Theory and practice of anti-rabic immunisation - Number 30
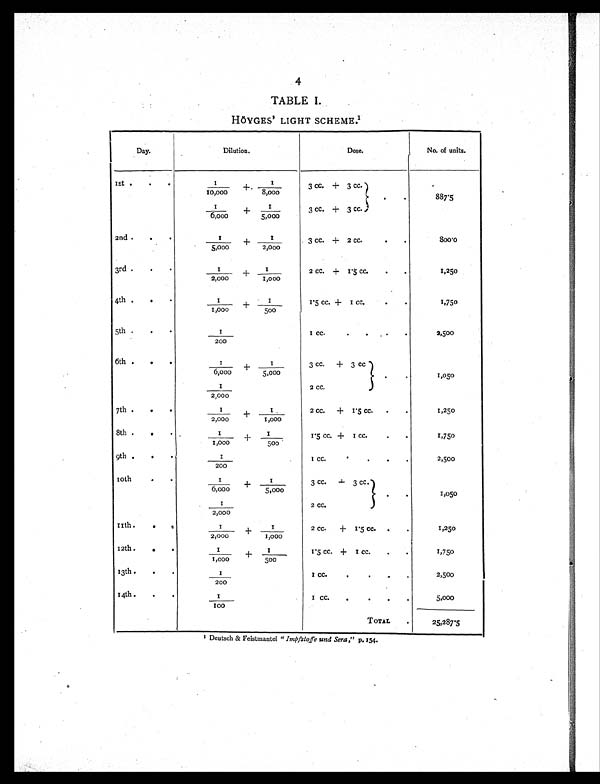
4
TABLE I.
HÖYGES' LIGHT SCHEME.1
Day.
Dilution.
Dose.
No. of units.
1st
. . .
1 / 1 0 , 0 0 0 + 1 / 8 , 0 0 0
3 cc. + 3 cc. . .
887.5
1 / 6 , 0 0 0 + 1 / 5 , 0 0 0
3 cc. + 3 cc.,
2nd
. .
1 /
5 , 0 0 0
+ 1 /
2 , 0 0 0
3 cc. + 2 cc.
.
.
800.0
3rd .
. .
1 /
2 , 0 0 0
+ 1
/ 1 , 0 0 0
2 cc. + 1.5 cc.
.
.
1,250
4th .
.
.
1/1,000 + 1/500
1.5 cc. + 1 cc.
. . .
1,750
5th .
. .
1 / 2 0 0
1 cc. . . .
.
2,500
6th .
.
.
1 / 6 , 0 0 0 + 1 /
5 , 0 0
3 cc.
+ 3 cc
.
.
1,050
1 / 2 , 0 0 0
2 cc.
7th
. . .
1 / 2 , 0 0 0
+ 1 /
1 , 0 0 0
2 cc.
+ 1.5 cc .
. .
1,250
8th
. . .
1/
1,000 + 1/500
1.5 cc. + 1cc . . .
1,750
9th .
.
.
1/ 200
1 cc. . . . .
2,500
10th
.
.
1 /6
, 0 0 0 + 1 /
5 , 0 0 0
3 cc. +
3 cc . .
1,050
1 /
2 , 0 0 0
2 cc.
11th.
.
.
1 /
2 , 0 0 0 + 1 / 1 , 0 0 0
2 cc. +
1.5 cc .
.
.
1,250
12th.
. .
1 /
1 , 0 0 0 + 1 / 5 0 0
1.5 cc. + 1 cc .
.
.
1,750
13th.
. .
I
/ 2 0 0
1 CC.
.
. . .
2,500
14th.
. .
1 /
1 0 0
1 cc .
.
. . .
5,000
TOTAL
.
25,287.5
1 Deutsch &amp; Feistmantel "Impfstoffe und Sera," p. 154.